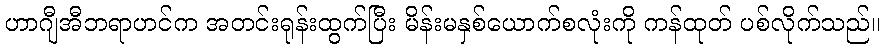
ဟာဂျီအီဘရာဟင်က အတင်းရုန်းထွက်ပြီး မိန်းမနှစ်ယောက်စလုံးကို ကန်ထုတ် ပစ်လိုက်သည်။